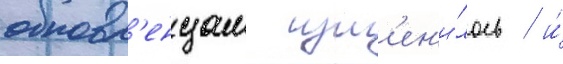
обновл'енцам изм'ен'и́лось / и́